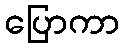
ပြောကာ